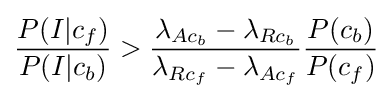
\displaystyle {\frac {P(I|c_{f})}{P(I|c_{b})}}>{\frac {\lambda _{Ac_{b}}-\lambda _{Rc_{b}}}{\lambda _{Rc_{f}}-\lambda _{Ac_{f}}}}{\frac {P(c_{b})}{P(c_{f})}}